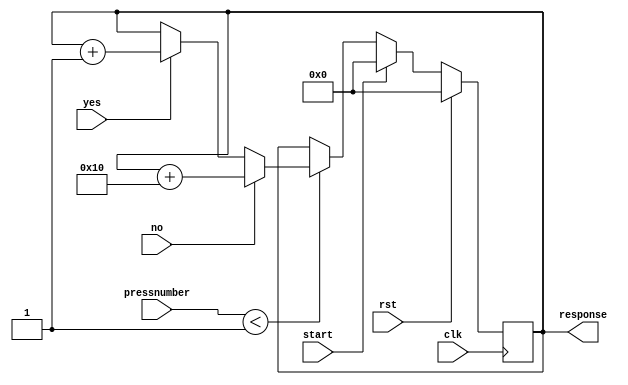
/*
   This file was generated automatically by the Mojo IDE version B1.2.6.
   Do not edit this file directly. Instead edit the original Lucid source.
   This is a temporary file and any changes made to it will be destroyed.
*/

/*
   Parameters:
     SIZE = 5
     DIV = 0
     TOP = 0
*/
module gamethreeinput_89 (
    input clk,
    input rst,
    input start,
    input yes,
    input no,
    input [3:0] pressnumber,
    output reg [4:0] response
  );
  
  localparam SIZE = 3'h5;
  localparam DIV = 1'h0;
  localparam TOP = 1'h0;
  
  
  reg [4:0] M_ctr_d, M_ctr_q = 1'h0;
  
  always @* begin
    M_ctr_d = M_ctr_q;
    
    response = M_ctr_q[0+4-:5];
    if (pressnumber < 4'h1) begin
      if (yes) begin
        M_ctr_d = M_ctr_q + 5'h01;
      end
      if (no) begin
        M_ctr_d = M_ctr_q + 5'h10;
      end
    end
    if (start) begin
      M_ctr_d = 5'h00;
    end
  end
  
  always @(posedge clk) begin
    if (rst == 1'b1) begin
      M_ctr_q <= 1'h0;
    end else begin
      M_ctr_q <= M_ctr_d;
    end
  end
  
endmodule